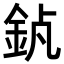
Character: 𨥵